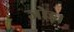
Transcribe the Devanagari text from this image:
जोड़।